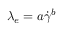
\lambda _ { e } = a \dot { \gamma } ^ { b }